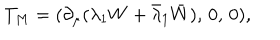
T _ { M } = ( \partial _ { \mu } ( \lambda _ { 1 } W + \bar { \lambda } _ { 1 } \bar { W } ) , \, 0 , \, 0 ) ,